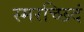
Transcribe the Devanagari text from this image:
स्मरच्छिदं